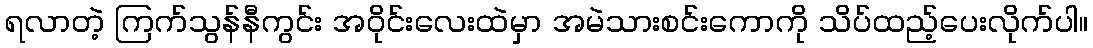
ရလာတဲ့ ကြက်သွန်နီကွင်း အဝိုင်းလေးထဲမှာ အမဲသားစင်းကောကို သိပ်ထည့်ပေးလိုက်ပါ။